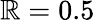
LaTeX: \mathbb{R}=0.5